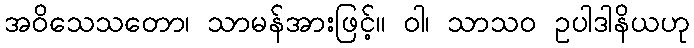
အဝိသေသတော၊ သာမန်အားဖြင့်။ ဝါ၊ သာသဝ ဥပါဒါနိယဟု